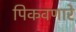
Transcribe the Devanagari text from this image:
पिकवणारे